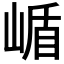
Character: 𭖹